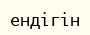
ендігін